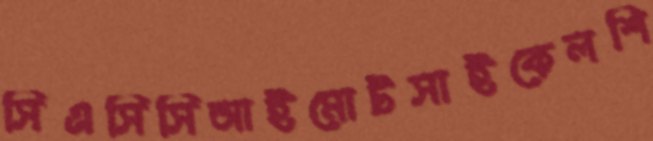
সিএসিসিআইমোটসাইকেলশি